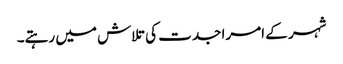
شہر کے امرا جدت کی تلاش میں رہتے۔